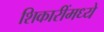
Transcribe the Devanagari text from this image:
शिकारींमध्ये